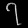
Digit: ၇